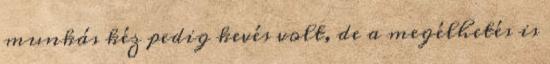
munkás kéz pedig kevés volt, de a megélhetés is